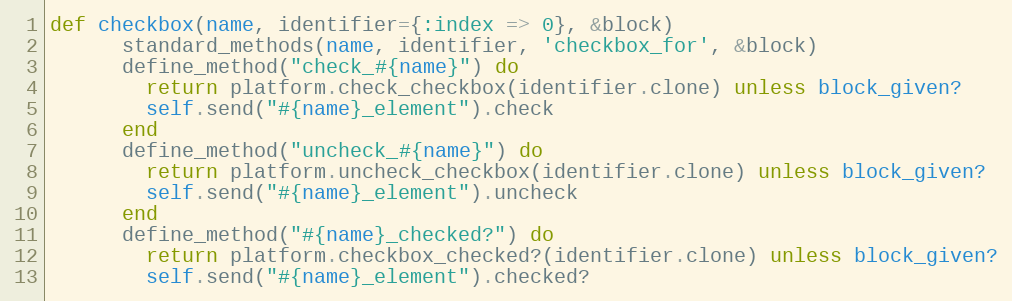
Language: Ruby
def checkbox(name, identifier={:index => 0}, &block)
      standard_methods(name, identifier, 'checkbox_for', &block)
      define_method("check_#{name}") do
        return platform.check_checkbox(identifier.clone) unless block_given?
        self.send("#{name}_element").check
      end
      define_method("uncheck_#{name}") do
        return platform.uncheck_checkbox(identifier.clone) unless block_given?
        self.send("#{name}_element").uncheck
      end
      define_method("#{name}_checked?") do
        return platform.checkbox_checked?(identifier.clone) unless block_given?
        self.send("#{name}_element").checked?